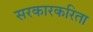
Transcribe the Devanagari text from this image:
सरकारकरिता